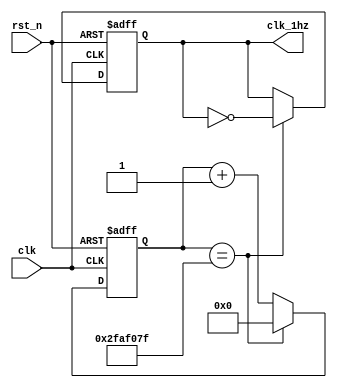
module clk_generator(clk, clk_1hz, rst_n);
    input clk;
    input rst_n;
    output reg clk_1hz;
    
    reg next_1;
    reg [26:0]Q;
    reg [26:0]Q_TEMP;
     
    always @*
        if (Q == 27'd50000000 - 1) begin 
            Q_TEMP = 27'd0;
            next_1 = ~clk_1hz;
        end
        else begin 
            Q_TEMP = Q + 1'b1;
            next_1 = clk_1hz;
        end

    always@(posedge clk or negedge rst_n) begin 
        if (~rst_n) begin
            Q <= 0;
            clk_1hz <= 0;
        end
        else begin
            Q <= Q_TEMP;
            clk_1hz <= next_1;
        end
    end
         
endmodule